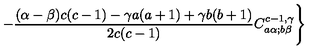
- \frac { ( \alpha - \beta ) c ( c - 1 ) - \gamma a ( a + 1 ) + \gamma b ( b + 1 ) } { 2 c ( c - 1 ) } C _ { a \alpha ; b \beta } ^ { c - 1 , \gamma } \Biggr \}